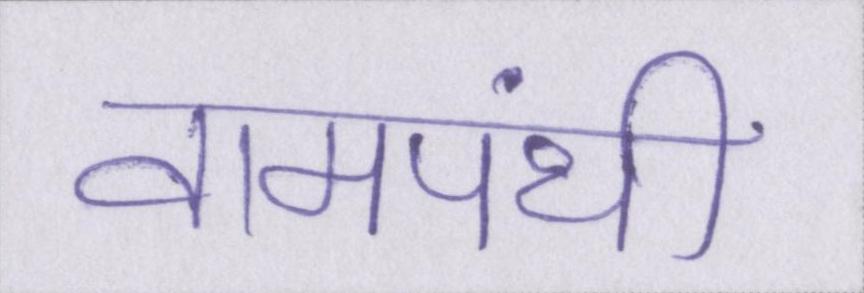
वामपंथी